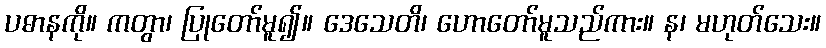
ပဓာနကို။ ကတွာ၊ ပြုတော်မူ၍။ ဒေသေတိ၊ ဟောတော်မူသည်ကား။ န၊ မဟုတ်သေး။